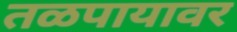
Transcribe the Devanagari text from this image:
तळपायावर